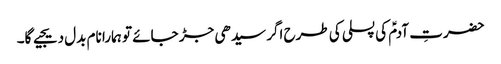
حضرتِ آدمؑ کی پسلی کی طرح اگر سیدھی جڑ جائے تو ہمارا نام بدل دیجیے گا۔